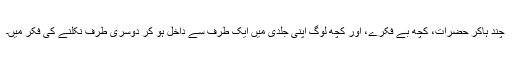
چند ہاکر حضرات، کچھ بے فکرے، اور کچھ لوگ اپنی جلدی میں ایک طرف سے داخل ہو کر دوسری طرف نکلنے کی فکر میں۔